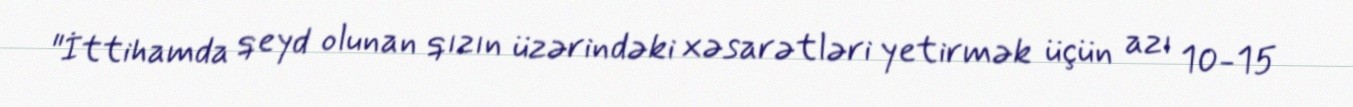
"İttihamda qeyd olunan qızın üzərindəki xəsarətləri yetirmək üçün azı 10-15